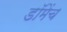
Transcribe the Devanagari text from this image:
डॉमेंच